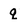
Character: q